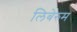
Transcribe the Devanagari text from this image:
लिबेरुम